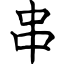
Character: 串